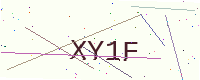
Text: XY1F